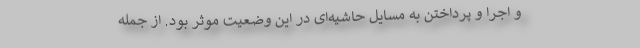
و اجرا و پرداختن به مسایل حاشیه‌ای در این وضعیت موثر بود. از جمله